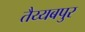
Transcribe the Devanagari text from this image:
तैय्यबपुर